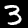
Digit: 3